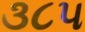
૩૮૫